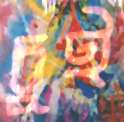
চুই